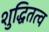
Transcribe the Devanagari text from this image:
शुद्धितत्व